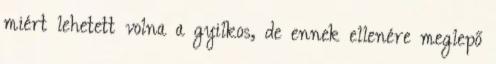
miért lehetett volna a gyilkos, de ennek ellenére meglepő